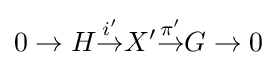
0\to H{\stackrel {i'}{\rightarrow }}X'{\stackrel {\pi '}{\rightarrow }}G\rightarrow 0